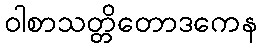
ဝါစာသတ္တိတောဒကေန